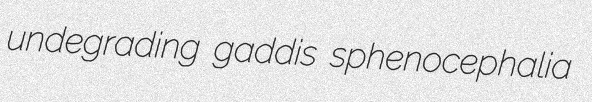
undegrading gaddis sphenocephalia